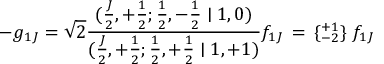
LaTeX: - g _ { 1 J } = \sqrt { 2 } \frac { ( \frac { J } { 2 } , + \frac { 1 } { 2 } ; \frac { 1 } { 2 } , - \frac { 1 } { 2 } \mid 1 , 0 ) } { ( \frac { J } { 2 } , + \frac { 1 } { 2 } ; \frac { 1 } { 2 } , + \frac { 1 } { 2 } \mid 1 , + 1 ) } f _ { 1 J } \, = \, \{ { } _ { - 2 } ^ { + 1 } \} \; f _ { 1 J }